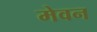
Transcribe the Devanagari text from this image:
मेवन